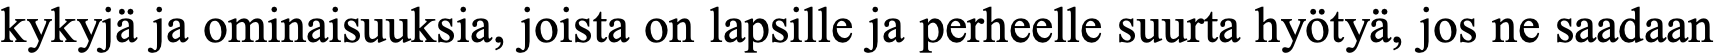
kykyjä ja ominaisuuksia, joista on lapsille ja perheelle suurta hyötyä, jos ne saadaan